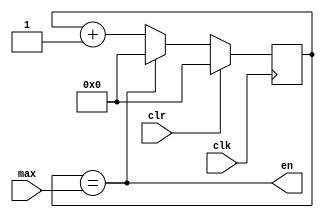
module ENCOUNT (
    input [25:0] max,
    input clk, clr,
    output en
);

    reg [25:0] cnt = 26'b0;
    assign en = (cnt==max);

    always @(posedge clk) begin
	     if (clr==1)
			   cnt <= 26'b0;
        else 
			 if (en==1)
            cnt <= 26'b0;
          else
            cnt <= cnt + 26'b1;
    end

endmodule